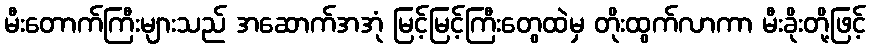
မီးတောက်ကြီးများသည် အဆောက်အအုံ မြင့်မြင့်ကြီးတွေထဲမှ တိုးထွက်လာကာ မီးခိုးတို့ဖြင့်